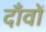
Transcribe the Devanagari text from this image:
दाँवों